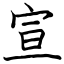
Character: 宣